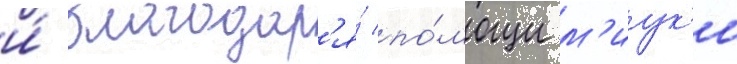
и́ благодар'я́ по́мощи м'иук'и